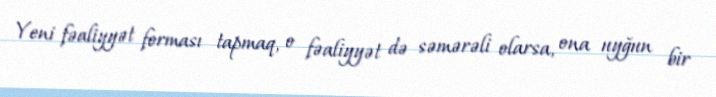
Yeni fəaliyyət forması tapmaq, o fəaliyyət də səmərəli olarsa, ona uyğun bir